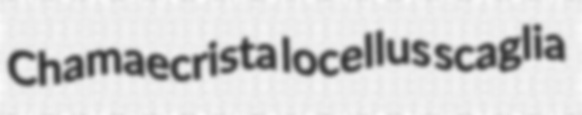
Chamaecrista locellus scaglia